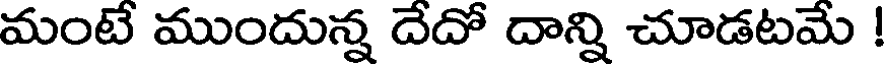
మంటే ముందున్న దేదో దాన్ని చూడటమే !